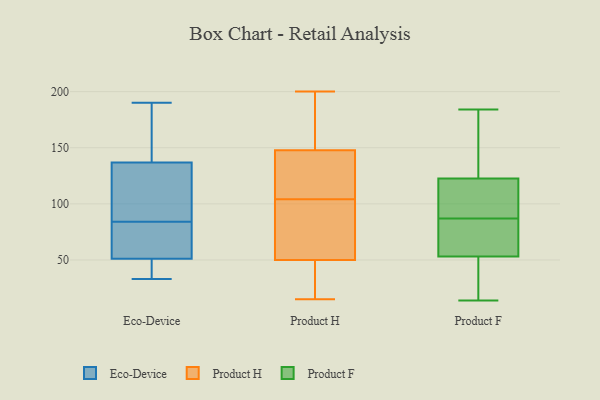
{"axis": {"x": "Inventory Turnover", "y": "Value"}, "legend": ["Eco-Device", "Product F", "Product H"], "data": [{"x": "", "y": 71, "type": "Eco-Device"}, {"x": "", "y": 84, "type": "Eco-Device"}, {"x": "", "y": 50, "type": "Eco-Device"}, {"x": "", "y": 176, "type": "Eco-Device"}, {"x": "", "y": 141, "type": "Eco-Device"}, {"x": "", "y": 54, "type": "Eco-Device"}, {"x": "", "y": 136, "type": "Eco-Device"}, {"x": "", "y": 115, "type": "Eco-Device"}, {"x": "", "y": 137, "type": "Eco-Device"}, {"x": "", "y": 108, "type": "Eco-Device"}, {"x": "", "y": 37, "type": "Eco-Device"}, {"x": "", "y": 190, "type": "Eco-Device"}, {"x": "", "y": 70, "type": "Eco-Device"}, {"x": "", "y": 33, "type": "Eco-Device"}, {"x": "", "y": 37, "type": "Eco-Device"}, {"x": "", "y": 141, "type": "Product H"}, {"x": "", "y": 77, "type": "Product H"}, {"x": "", "y": 159, "type": "Product H"}, {"x": "", "y": 104, "type": "Product H"}, {"x": "", "y": 160, "type": "Product H"}, {"x": "", "y": 33, "type": "Product H"}, {"x": "", "y": 15, "type": "Product H"}, {"x": "", "y": 200, "type": "Product H"}, {"x": "", "y": 79, "type": "Product H"}, {"x": "", "y": 141, "type": "Product H"}, {"x": "", "y": 108, "type": "Product H"}, {"x": "", "y": 62, "type": "Product H"}, {"x": "", "y": 150, "type": "Product H"}, {"x": "", "y": 46, "type": "Product H"}, {"x": "", "y": 42, "type": "Product H"}, {"x": "", "y": 87, "type": "Product F"}, {"x": "", "y": 155, "type": "Product F"}, {"x": "", "y": 130, "type": "Product F"}, {"x": "", "y": 77, "type": "Product F"}, {"x": "", "y": 39, "type": "Product F"}, {"x": "", "y": 64, "type": "Product F"}, {"x": "", "y": 44, "type": "Product F"}, {"x": "", "y": 100, "type": "Product F"}, {"x": "", "y": 184, "type": "Product F"}, {"x": "", "y": 120, "type": "Product F"}, {"x": "", "y": 14, "type": "Product F"}, {"x": "", "y": 56, "type": "Product F"}, {"x": "", "y": 96, "type": "Product F"}]}